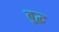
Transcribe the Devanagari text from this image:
बुद्घ